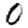
Digit: 0